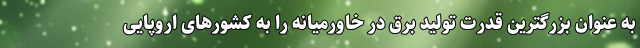
به عنوان بزرگترین قدرت تولید برق در خاورمیانه را به کشورهای اروپایی